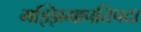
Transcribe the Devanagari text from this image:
मझ्झिमापतिपदा